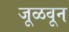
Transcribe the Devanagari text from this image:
जूळवून